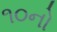
૧૦નો